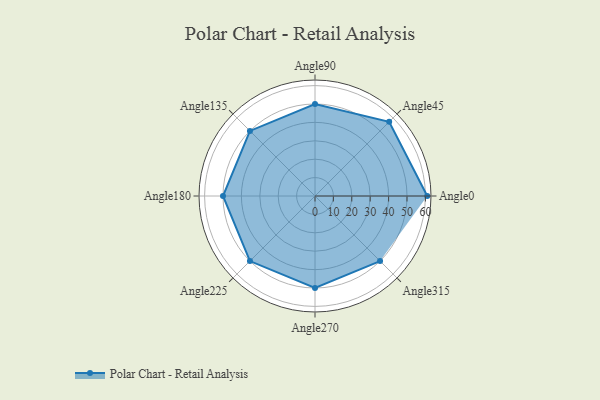
{"axis": {"x": "Angle", "y": "Radius"}, "legend": [""], "data": [{"x": "Angle0", "y": 61.0, "type": ""}, {"x": "Angle45", "y": 57.0, "type": ""}, {"x": "Angle90", "y": 50.0, "type": ""}, {"x": "Angle135", "y": 50, "type": ""}, {"x": "Angle180", "y": 50, "type": ""}, {"x": "Angle225", "y": 50, "type": ""}, {"x": "Angle270", "y": 50, "type": ""}, {"x": "Angle315", "y": 50, "type": ""}]}